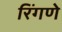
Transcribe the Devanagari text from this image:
रिंगणे